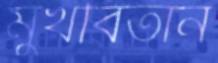
মুখবিতান